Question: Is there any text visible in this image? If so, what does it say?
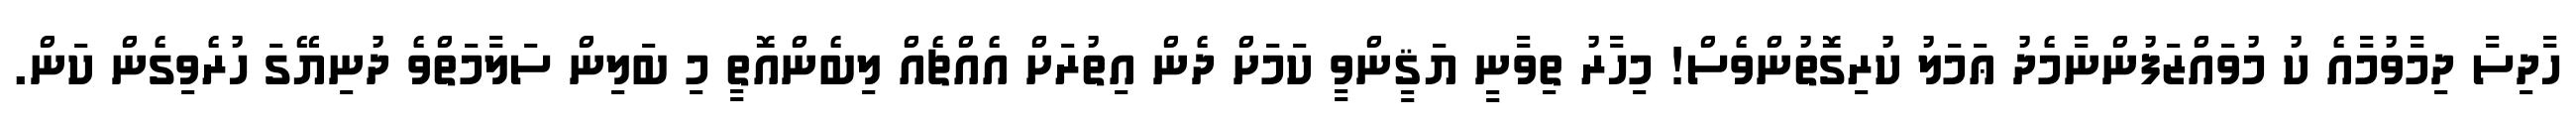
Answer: ހާދިސާ ދިމާވުމާއެ ކު މުވައްޒަފުންނާމެދު ޢަމަލު ކުރިގޮތުންވެސް! މިހާރު ތިވާނީ ޔަޤީންވީ ކަމަށް ދެން އިތުރަށް އެއްޗެއް ލިބެންއޮތީ މި ބަލިން ސަލާމަތްވެ ދުނިޔޭގަ ހުރެވިގެން ކަން.